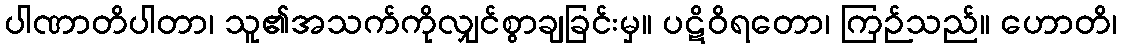
ပါဏာတိပါတာ၊ သူ၏အသက်ကိုလျှင်စွာချခြင်းမှ။ ပဋိဝိရတော၊ ကြဉ်သည်။ ဟောတိ၊